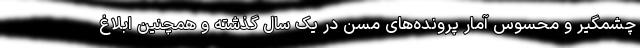
چشمگیر و محسوس آمار پرونده‌های مُسن در یک سال گذشته و همچنین ابلاغ